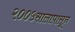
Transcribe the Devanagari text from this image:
२००५सालापासून